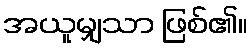
အယူမျှသာ ဖြစ်၏။